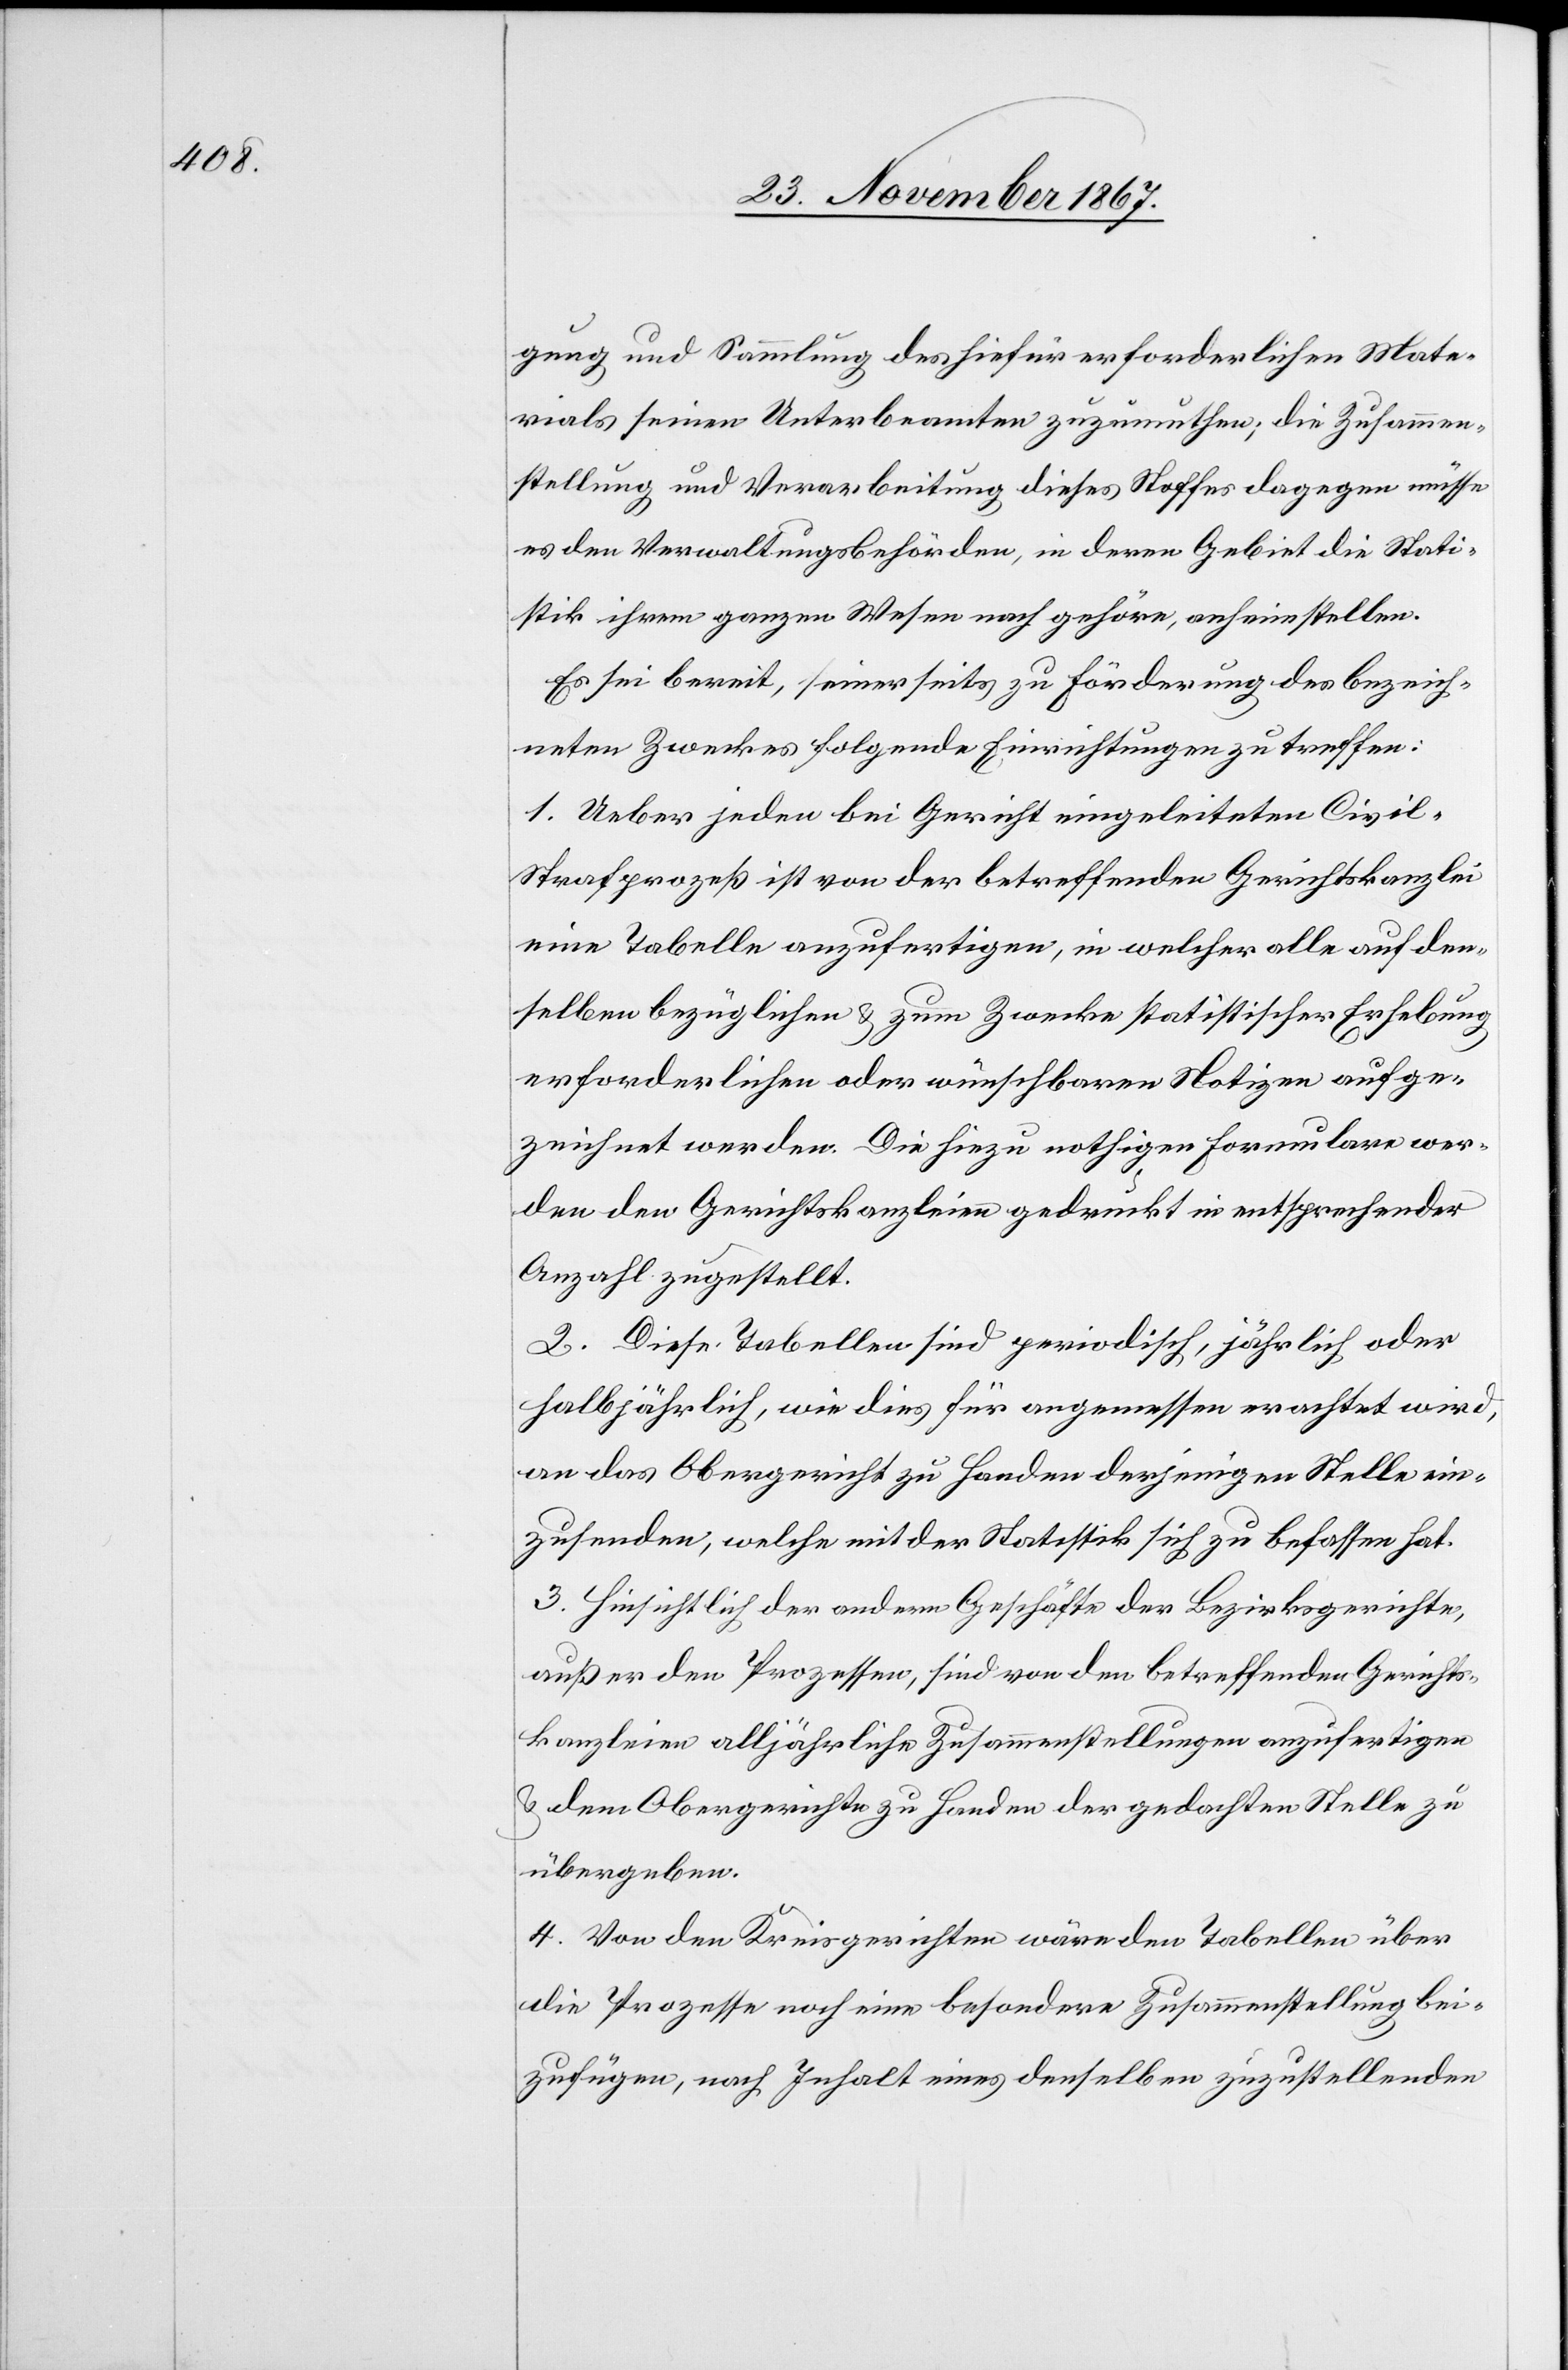
gung und Sammlung des hiefür erforderlichen Mate¬
rials seinen Unterbeamten zuzumuthen; die Zusammen¬
stellung und Verarbeitung dieses Stoffes dagegen müsse
es den Verwaltungsbehörden, in deren Gebiet die Stati¬
stik ihrem ganzen Wesen nach gehöre, anheimstellen.
Es sei bereit, seinerseits zu Förderung des bezeich¬
neten Zweckes folgende Einrichtungen zu treffen:
1. Ueber jeden bei Gericht eingeleiteten Civil-S¬
trafprozeß ist von der betreffenden Gerichtskanzlei
eine Tabelle anzufertigen, in welcher alle auf den¬
selben bezüglichen u. zum Zwecke statistischer Erhebung
erforderlichen oder wünschbaren Notizen aufge¬
zeichnet werden. Die hiezu nothigen Formulare wer¬
den den Gerichtskanzleien gedruckt in entsprechender
Anzahl zugestellt.
2. Diese Tabellen sind provisorisch, jährlich oder
halbjährlich, wie dies für angemessen erachtet wird,
an das Obergericht zu Handen derjenigen Stelle ein¬
zusenden, welche mit der Statistik sich zu befassen hat.
3. Hinsichtlich der andern Geschäfte der Bezirksgerichte,
außer den Prozessen, sind von den betreffenden Gerichts¬
kanzleien alljährliche Zusammenstellungen anzufertigen
u. dem Obergerichte zu Handen der gedachten Stelle zu
übergeben.
4. Von den Kreisgerichten wäre den Tabellen über
die Prozesse noch eine besondere Zusammenstellung bei¬
zufügen, nach Inhalt eines denselben zuzustellenden